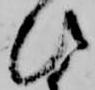
ひ